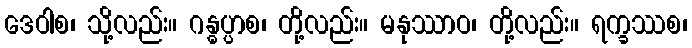
ဒေဝါစ၊ သို့လည်း။ ဂန္ဓပ္ပာစ၊ တို့လည်း။ မနုဿာဝ၊ တို့လည်း။ ရက္ခဿစ၊